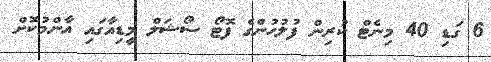
6 ގަޑި 40 މިނެޓް ކުރިން ފުލުހުންގެ ފޮޓޯ ސޯޝަލް މީޑިއާގައި އާންމުކޮށް